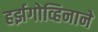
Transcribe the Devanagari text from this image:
हर्झगोव्हिनाने